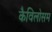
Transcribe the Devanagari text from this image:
कैविलोसम